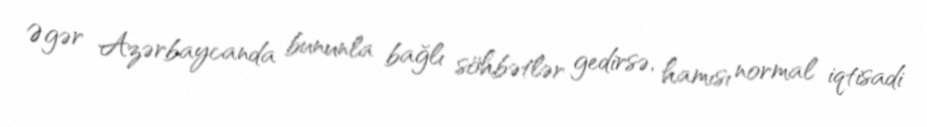
Əgər Azərbaycanda bununla bağlı söhbətlər gedirsə, hamısı normal iqtisadi